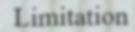
Limitation